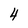
Character: 4